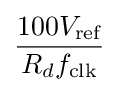
{\frac {100V_{\text{ref}}}{R_{d}f_{\text{clk}}}}